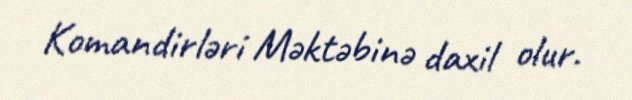
Komandirləri Məktəbinə daxil olur.